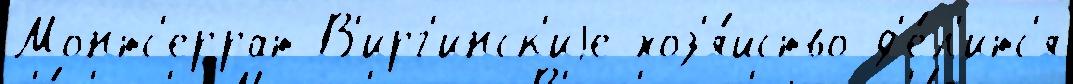
Монтс'еррат В'ирг'инск'иjе хоз'я́йство д'е́л'итс'я